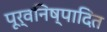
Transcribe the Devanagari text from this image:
पूर्वनिष्पादित